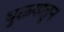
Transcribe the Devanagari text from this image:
धुळ्यातून